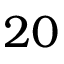
2 0